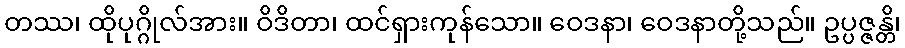
တဿ၊ ထိုပုဂ္ဂိုလ်အား။ ဝိဒိတာ၊ ထင်ရှားကုန်သော။ ဝေဒနာ၊ ဝေဒနာတို့သည်။ ဥပ္ပဇ္ဇန္တိ၊